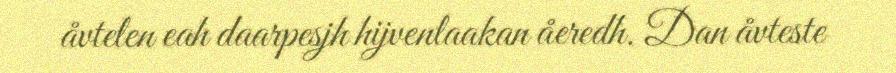
åvtelen eah daarpesjh hijvenlaakan åeredh. Dan åvteste